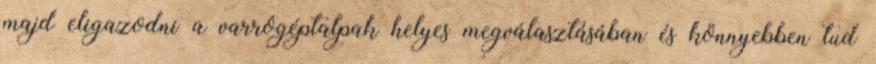
majd eligazodni a varrógéptalpak helyes megválasztásában és könnyebben tud